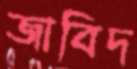
জাবিদ